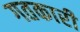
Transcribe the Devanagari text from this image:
गतकारी